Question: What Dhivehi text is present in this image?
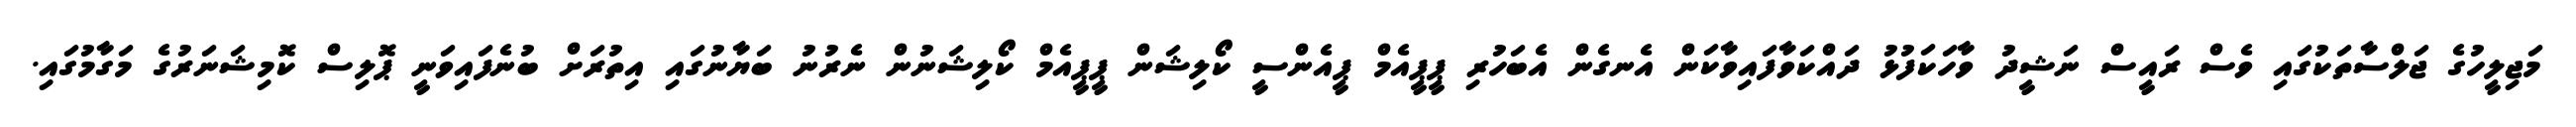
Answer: މަޖިލީހުގެ ޖަލްސާތަކުގައި ވެސް ރައީސް ނަޝީދު ވާހަކަފުޅު ދައްކަވާފައިވާކަން އެނގެން އެބަހުރި ޕީޕީއެމް ޕީއެންސީ ކޯލިޝަން ޕީޕީއެމް ކޯލިޝަނުން ނެރުނު ބަޔާނުގައި އިތުރަށް ބުނެފައިވަނީ ޕޮލިސް ކޮމިޝަނަރުގެ މަގާމުގައި.